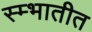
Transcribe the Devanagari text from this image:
स्म्भातीत